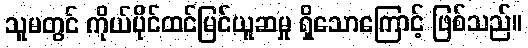
သူမတွင် ကိုယ်ပိုင်ထင်မြင်ယူဆမှု ရှိသောကြောင့် ဖြစ်သည်။